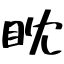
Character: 眈